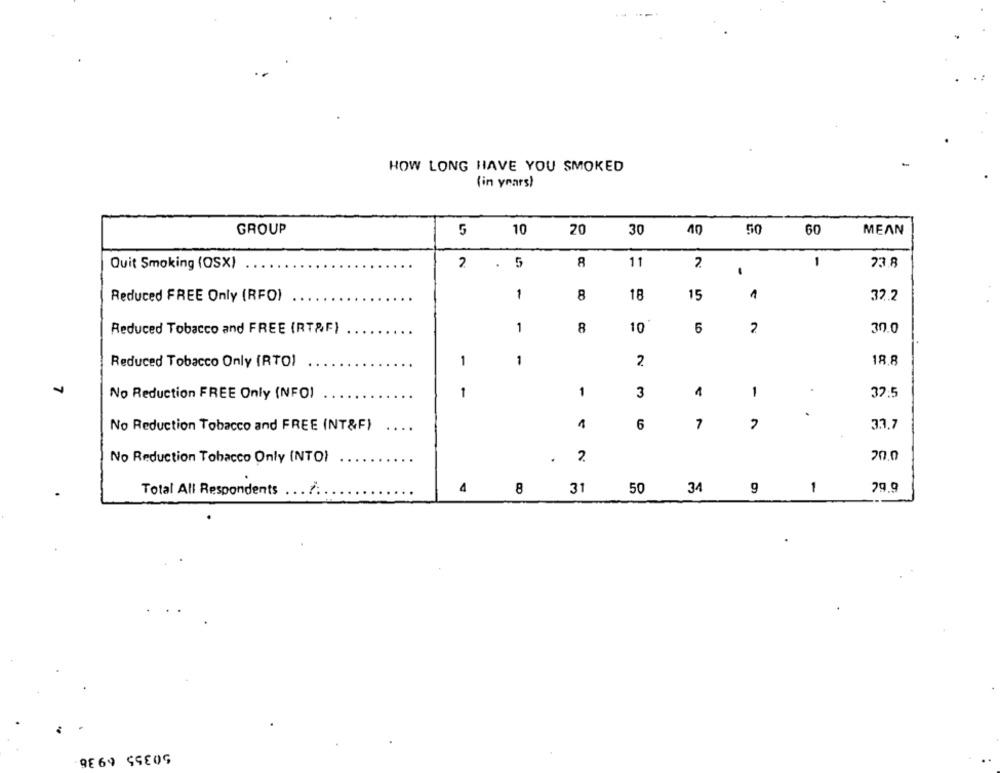
HOW LONG HAVE YOU SMOKED
(in years)
GROUP
5
10
20
30
40
50
60
MEAN
5
CC
11
1
23.8
Quit Smoking (OSX)
N
.
18
15
1
Reduced FREE Only (RFO)
1
8
32.2
Reduced Tobacco and FREE (RT&F)
1
8
10
6
30.0
Reduced Tobacco Only (RTO)
1
1
2.
18.8
No Reduction FREE Only (NFO)
1
1
3
1
1
32.5
1
6
7
33,7
No Reduction Tobacco and FREE (NT&F)
20.0
No Reduction Tobacco Only INTO)
2.
4
50
34
1
29.9
Total All Respondents ... .. .
8
31
9
50355 6938